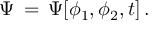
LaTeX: \Psi \, = \, \Psi [ \phi _ { 1 } , \phi _ { 2 } , t ] \, .